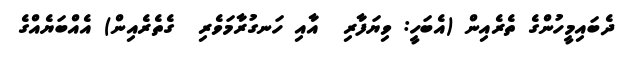
ދެބައިމީހުންގެ ތެރެއިން (އެބަހީ: ވިޔަފާރި  އާއި ހަނގުރާމަވެރި  ގެތެރެއިން) އެއްބަޔެއްގެ